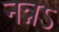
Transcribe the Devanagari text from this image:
नन्नऽ